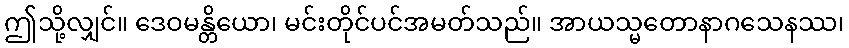
ဤသို့လျှင်။ ဒေဝမန္တိယော၊ မင်းတိုင်ပင်အမတ်သည်။ အာယသ္မတောနာဂသေနဿ၊